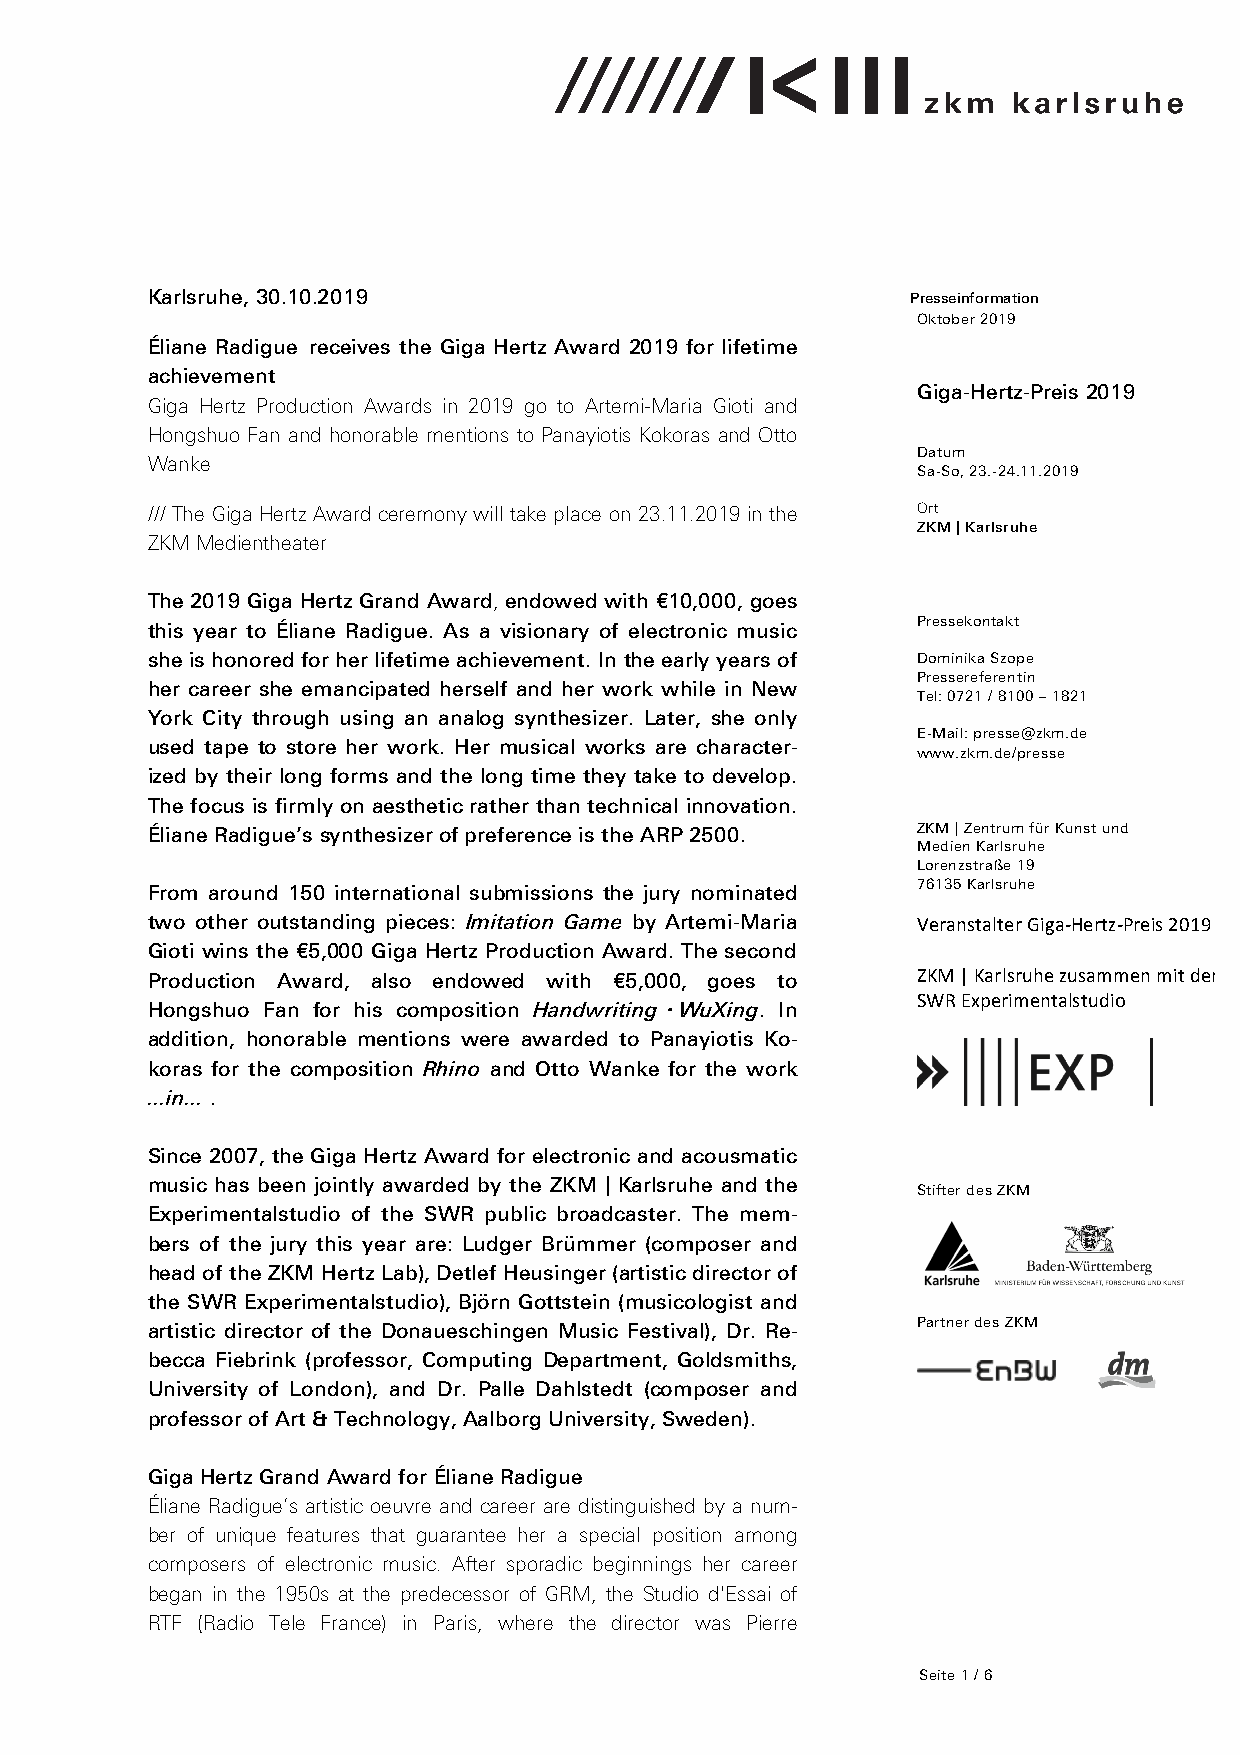
Karlsruhe, 30.10.2019                           C Presseinformation
 Oktober 2019
 Éliane Radigue receives the Giga Hertz Award 2019 for lifetime
 achievement
 Giga-Hertz-Preis 2019
 Giga Hertz Production Awards in 2019 go to Artemi-Maria Gioti and
 Hongshuo Fan and honorable mentions to Panayiotis Kokoras and Otto
 Datum
 Wanke
 Sa-So, 23.-24.11.2019
 /// The Giga Hertz Award ceremony will take place on 23.11.2019 in the Ort
 ZKM | Karlsruhe
 ZKM Medientheater
 The 2019 Giga Hertz Grand Award, endowed with €10,000, goes
 Pressekontakt
 this year to Éliane Radigue. As a visionary of electronic music
 she is honored for her lifetime achievement. In the early years of Dominika Szope
 Pressereferentin
 her career she emancipated herself and her work while in New
 Tel: 0721 / 8100 – 1821
 York City through using an analog synthesizer. Later, she only
 E-Mail: presse@zkm.de
 used tape to store her work. Her musical works are character-
 www.zkm.de/presse
 ized by their long forms and the long time they take to develop.
 The focus is firmly on aesthetic rather than technical innovation.
 Éliane Radigue’s synthesizer of preference is the ARP 2500. ZKM | Zentrum für Kunst und
 Medien Karlsruhe
 Lorenzstraße 19
 76135 Karlsruhe
 From around 150 international submissions the jury nominated
 two other outstanding pieces: Imitation Game by Artemi-Maria Veranstalter Giga-­‐Hertz-­‐Preis 2019
 Gioti wins the €5,000 Giga Hertz Production Award. The second
 Production Award, also endowed with €5,000, goes to ZKM | Karlsruhe zusammen mit dem
 SWR Experimentalstudio
 Hongshuo Fan for his composition Handwriting・WuXing. In
 addition, honorable mentions were awarded to Panayiotis Ko-
 koras for the composition Rhino and Otto Wanke for the work
 ...in... .
 Since 2007, the Giga Hertz Award for electronic and acousmatic
 music has been jointly awarded by the ZKM | Karlsruhe and the
 Stifter des ZKM
 Experimentalstudio of the SWR public broadcaster. The mem-
 bers of the jury this year are: Ludger Brümmer (composer and
 head of the ZKM Hertz Lab), Detlef Heusinger (artistic director of
 the SWR Experimentalstudio), Björn Gottstein (musicologist and
 Partner des ZKM
 artistic director of the Donaueschingen Music Festival), Dr. Re-
 becca Fiebrink (professor, Computing Department, Goldsmiths,
 University of London), and Dr. Palle Dahlstedt (composer and
 professor of Art & Technology, Aalborg University, Sweden).
 Giga Hertz Grand Award for Éliane Radigue
 Éliane Radigue’s artistic oeuvre and career are distinguished by a num-
 ber of unique features that guarantee her a special position among
 composers of electronic music. After sporadic beginnings her career
 began in the 1950s at the predecessor of GRM, the Studio d'Essai of
 RTF (Radio Tele France) in Paris, where the director was Pierre
 Seite 1 / 6